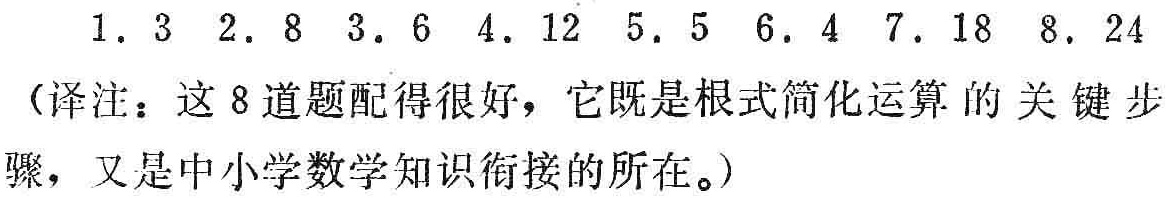
1. \(3\)  2. \(8\)  3. \(6\)  4. \(12\)  5. \(5\)  6. \(4\)  7. \(18\)  8. \(24\)
（译注：这8道题配得很好，它既是根式简化运算的关键步骤，又是中小学数学知识衔接的所在。）